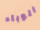
الوباء